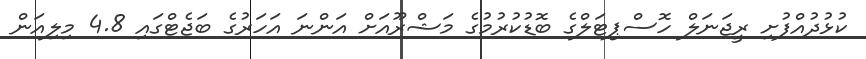
ކުޅުދުއްފުށި ރީޖަނަލް ހޮސްޕިޓަލްގެ ބޮޑުކުރުމުގެ މަޝްރޫއަށް އަންނަ އަހަރުގެ ބަޖެޓްގައި 4.8 މިލިއަން